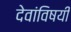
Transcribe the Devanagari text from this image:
देवांविषयी